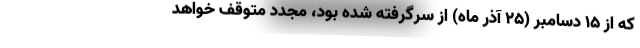
که از ۱۵ دسامبر (۲۵ آذر ماه) از سرگرفته شده بود، مجدد متوقف خواهد